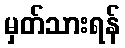
မှတ်သားရန်